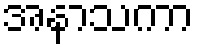
အနာသကာ